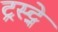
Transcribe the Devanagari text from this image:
ट्रस्ट्ने